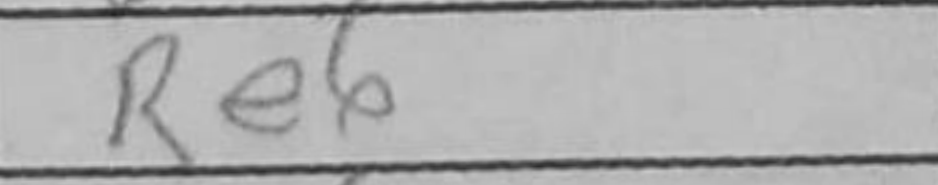
Transcription: Re6